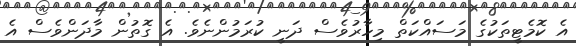
އެ ކޮމެޓީތަކުގެ މަސައްކަތް މިހާރުވެސް ދަނީ ކުރަމުންނެވެ. އެ ގޮތުން މާދަންވެސް އެ